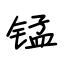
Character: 锰